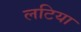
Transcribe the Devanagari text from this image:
लटिया